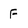
Character: F